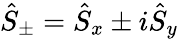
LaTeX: \hat{S}_{\pm}=\hat{S}_{x}\pm i\hat{S}_{y}